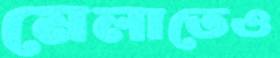
মেলাতেও